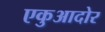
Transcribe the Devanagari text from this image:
एकुआदोर